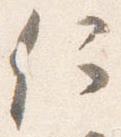
何